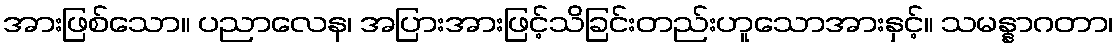
အားဖြစ်သော။ ပညာလေန၊ အပြားအားဖြင့်သိခြင်းတည်းဟူသောအားနှင့်။ သမန္နာဂတာ၊